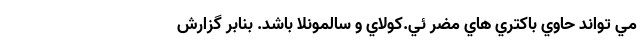
مي تواند حاوي باكتري هاي مضر ئي.كولاي و سالمونلا باشد. بنابر گزارش